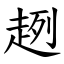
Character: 趔